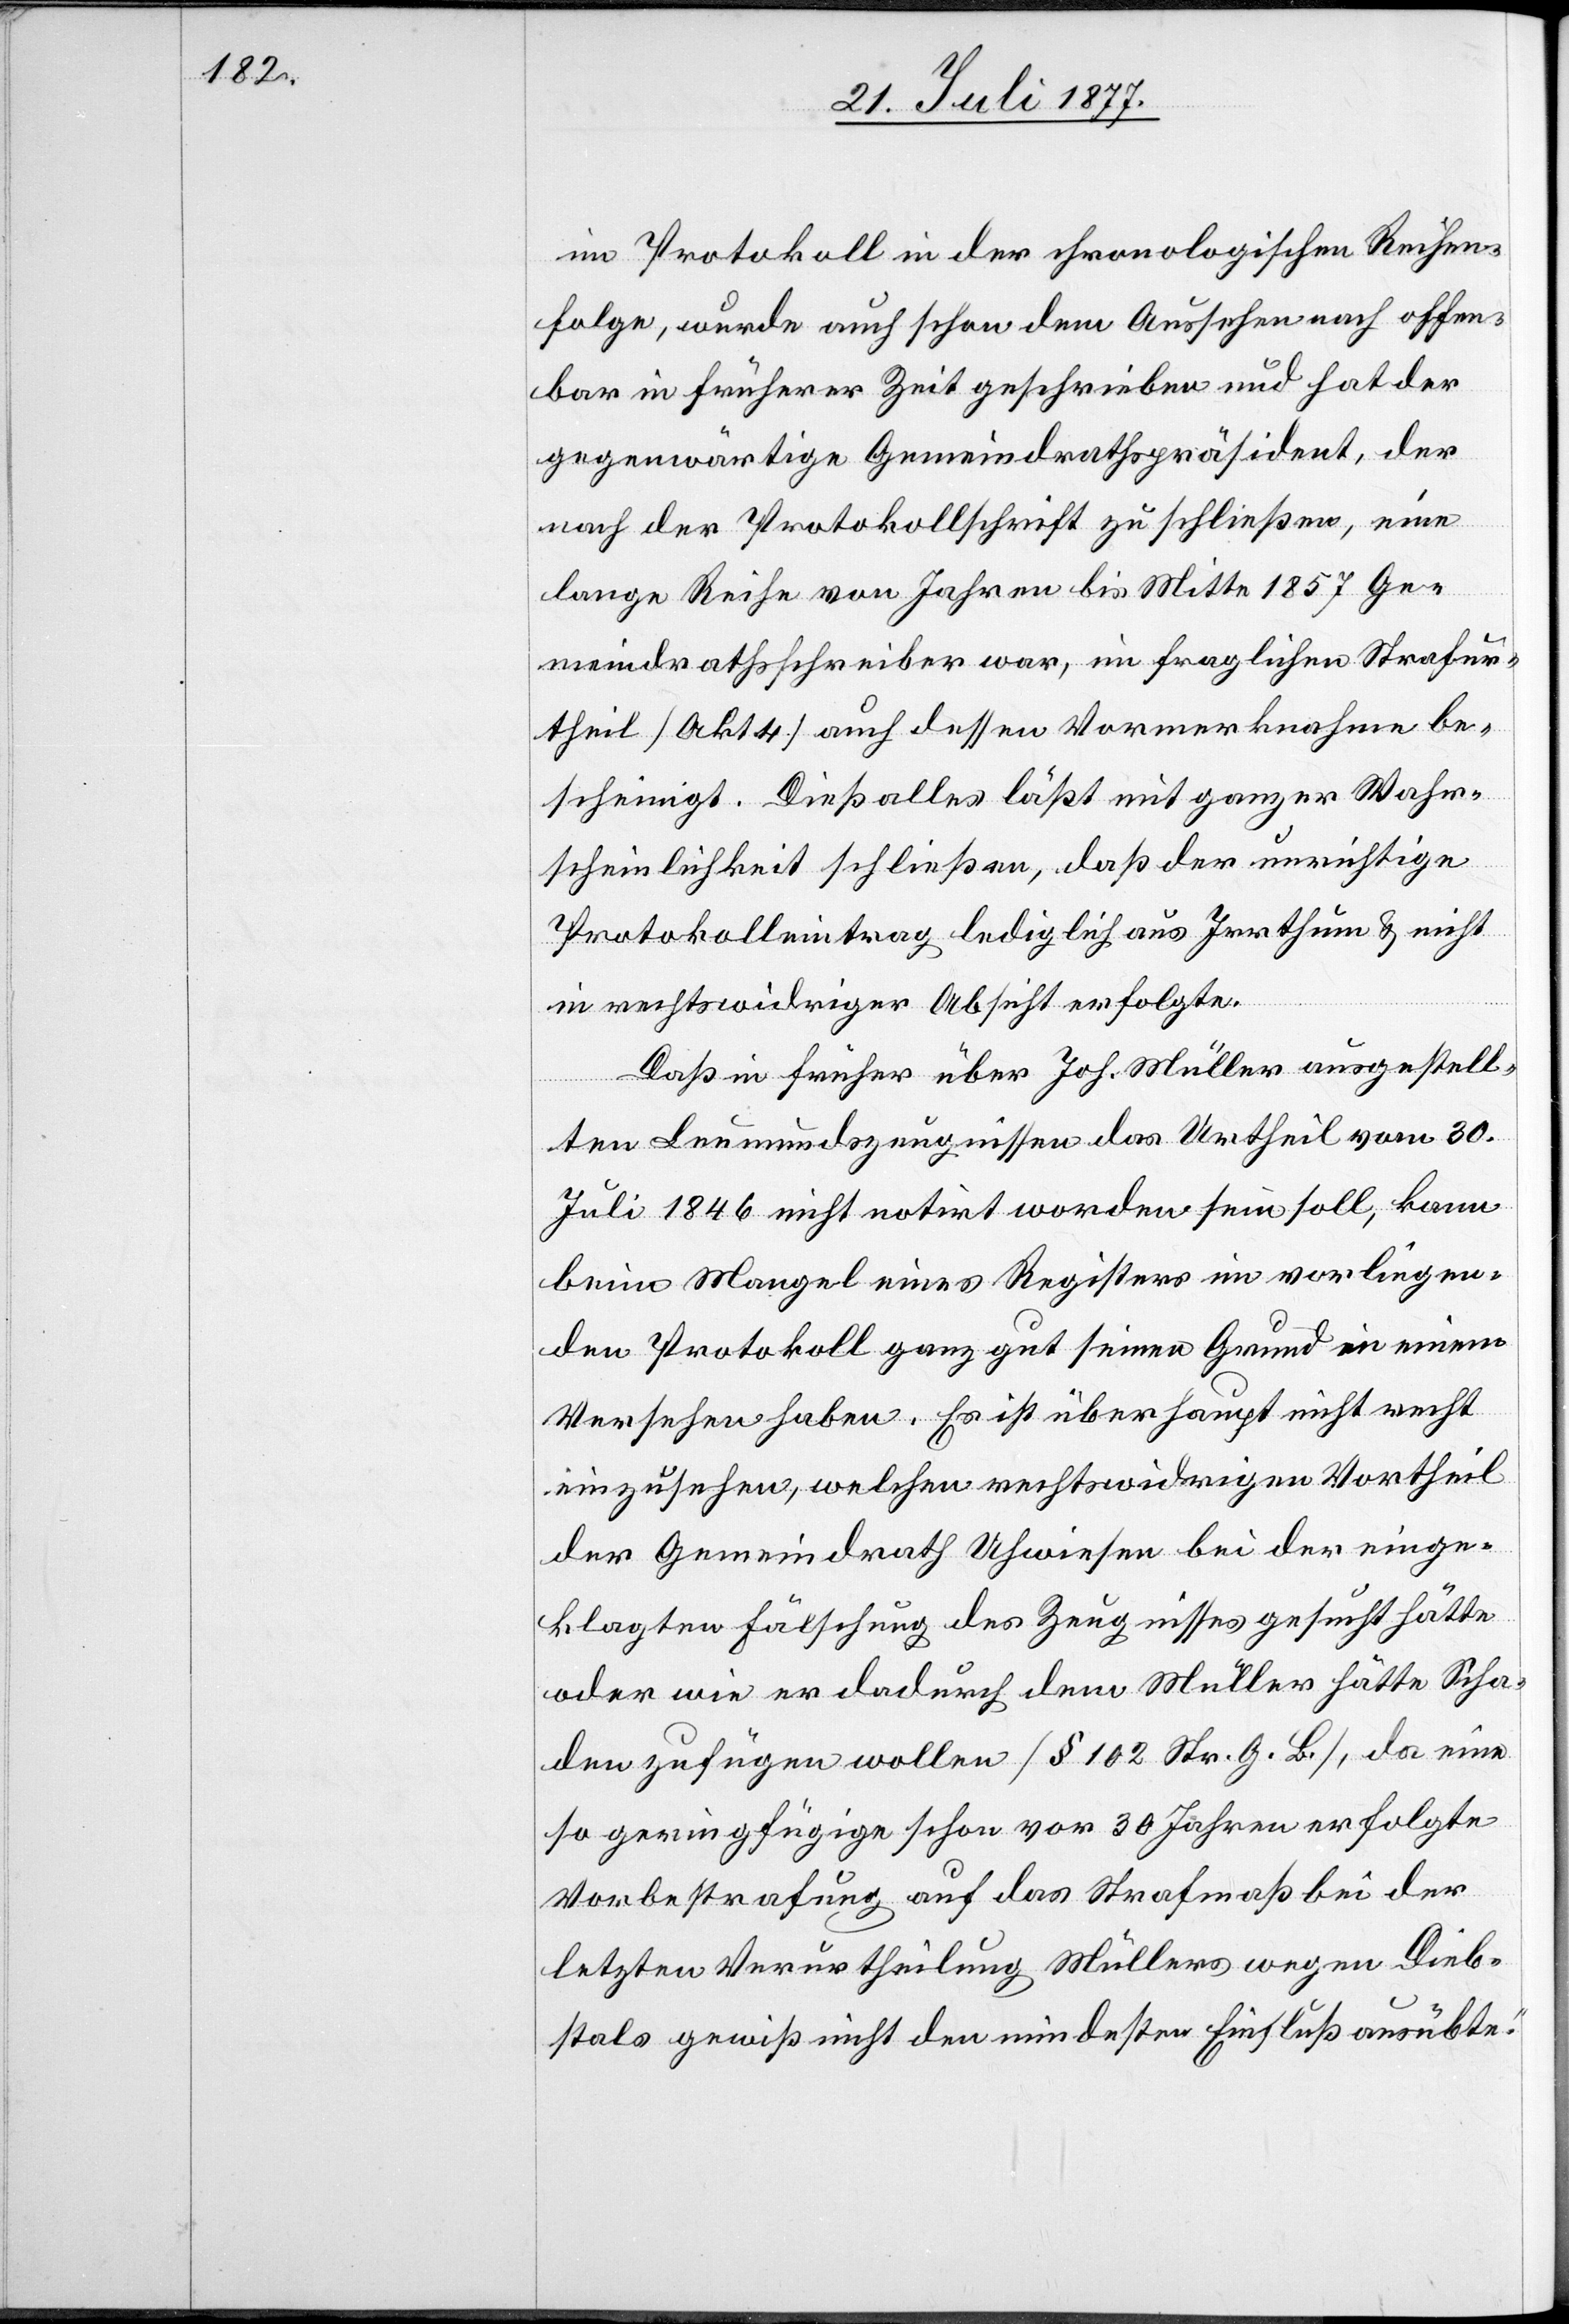
im Protokoll in der chronologischen Reihen¬
folge, wurde auch schon dem Aussehen nach offen¬
bar in früherer Zeit geschrieben und hat der
gegenwärtige Gemeindrathspräsident, der
nach der Protokollschrift zu schließen, eine
lange Reihe von Jahren bis Mitte 1857 Ge¬
meindrathsschreiber war, im fraglichen Strafur¬
theil [Akt 4] auch dessen Vormerknahme be¬
scheinigt. Dieß alles läßt mit ganzer Wahr¬
scheinlichkeit schließen, daß der unrichtige
Protokolleintrag lediglich aus Irrthum & nicht
in rechtswidriger Absicht erfolgte.
Daß in früher über Joh. Müller ausgestell¬
ten Leumundszeugnissen das Urtheil vom 30.
Juli 1846 nicht notirt worden sein soll, kann
beim Mangel eines Registers im vorliegen¬
den Protokoll ganz gut seinen Grund in einem
Versehen haben. Es ist überhaupt nicht recht
einzusehen, welchen rechtswidrigen Vortheil
der Gemeindrath Uhwiesen bei der einge¬
klagten Fälschung des Zeugnisses gesucht hätte
oder wie er dadurch dem Müller hätte Scha¬
den zufügen wollen [§ 102 Str. G. B.], da eine
so geringfügige schon vor 30 Jahren erfolgte
Vorbestrafung auf das Strafmaß bei der
letzten Verurtheilung Müllers wegen Dieb¬
stals gewiß nicht den mindesten Einfluß ausübte.“